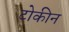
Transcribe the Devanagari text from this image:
टोकीन